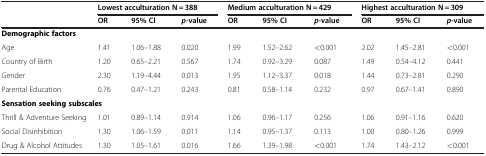
|  | <COLSPAN=3> Lowest acculturation N = 388 | <COLSPAN=3> Medium acculturation N = 429 | <COLSPAN=3> Highest acculturation N = 309 |
 |  | OR | 95% CI | p-value | OR | 95% CI | p-value | OR | 95% CI | p-value |
 | --- | --- | --- | --- | --- | --- | --- | --- | --- | --- |
 | Demographic factors |  |  |  |  |  |  |  |  |  |
 | Age | 1.41 | 1.06–1.88 | 0.020 | 1.99 | 1.52–2.62 | <0.001 | 2.02 | 1.45–2.81 | <0.001 |
 | Country of Birth | 1.20 | 0.65–2.21 | 0.567 | 1.74 | 0.92–3.29 | 0.087 | 1.49 | 0.54–4.12 | 0.441 |
 | Gender | 2.30 | 1.19–4.44 | 0.013 | 1.95 | 1.12–3.37 | 0.018 | 1.44 | 0.73–2.81 | 0.290 |
 | Parental Education | 0.76 | 0.47–1.21 | 0.243 | 0.81 | 0.58–1.14 | 0.232 | 0.97 | 0.67–1.41 | 0.890 |
 | <COLSPAN=2> Sensation seeking subscales |  |  |  |  |  |  |  |  |
 | Thrill & Adventure Seeking | 1.01 | 0.89–1.14 | 0.914 | 1.06 | 0.96–1.17 | 0.256 | 1.06 | 0.91–1.16 | 0.620 |
 | Social Disinhibition | 1.30 | 1.06–1.59 | 0.011 | 1.14 | 0.95–1.37 | 0.113 | 1.00 | 0.80–1.26 | 0.999 |
 | Drug & Alcohol Attitudes | 1.30 | 1.05–1.61 | 0.016 | 1.66 | 1.39–1.98 | <0.001 | 1.74 | 1.43–2.12 | <0.001 |